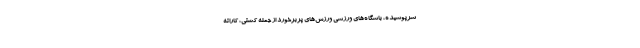
سرپوشیده، باشگاه‌های ورزشی ورزش‌های پربرخورد از جمله کشتی، کاراته